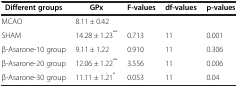
| Different groups | GPx | F-values | df-values | p-values |
 | --- | --- | --- | --- | --- |
 | MCAO | 8.11 ± 0.42 |  |  |  |
 | SHAM | 14.28 ± 1.23** | 0.713 | 11 | 0.001 |
 | β-Asarone-10 group | 9.11 ± 1.22 | 0.910 | 11 | 0.306 |
 | β-Asarone-20 group | 12.06 ± 1.22** | 3.556 | 11 | 0.006 |
 | β-Asarone-30 group | 11.11 ± 1.21* | 0.053 | 11 | 0.04 |